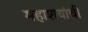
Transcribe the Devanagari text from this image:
महाशयांची